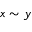
x \sim y